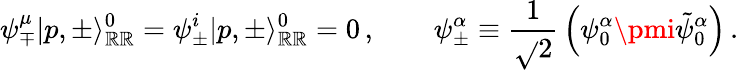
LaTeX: \psi_{\mp}^{\mu}|p,\pm\rangle_{\mathbb{R}\mathbb{R}}^{0}=\psi_{\pm}^{i}|p,\pm\rangle_{\mathbb{R}\mathbb{R}}^{0}=0\, ,\qquad\psi_{\pm}^{\alpha}\equiv{\frac{{1}}{{\sqrt{}{{2}}}}}\left(\psi_{0}^{\alpha}\pmi\tilde{{\psi}}_{0}^{\alpha}\right)\, .